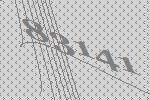
83141